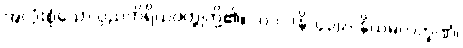
အလုံးစုံသော ပုညကိရိယဝတ္ထုတို့၏။ [၀၁] (နိ-၄၃၉) နိယမလက္ခဏံ၊